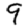
Digit: 9